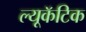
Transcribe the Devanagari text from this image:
ल्यूकॅटिक